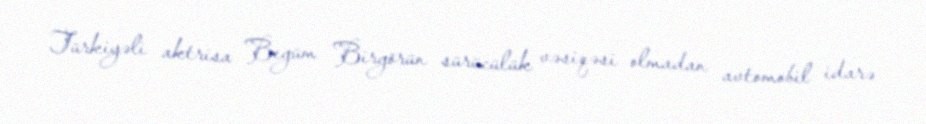
Türkiyəli aktrisa Begüm Birgörün sürücülük vəsiqəsi olmadan avtomobil idarə